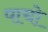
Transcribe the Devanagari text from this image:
पाचो